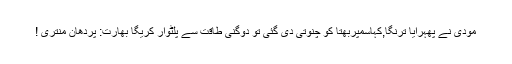
مودی نے پھہرایا ترنگا,کہاسمپربھتا کو چنوتی دی گئی تو دوگنی طاقت سے پلٹوار کریگا بھارت: پردھان منتری !